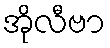
အိုလီဗာ